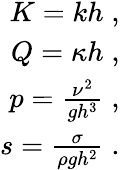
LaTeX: \begin{array}{r}{K=kh\; ,}\\ {Q=\kappa h\; ,}\\ {p=\frac{\nu^{2}}{gh^{3}}\; ,}\\ {s=\frac{\sigma}{\rho gh^{2}}\; .}\end{array}